Report of the Indian Hemp Drugs Commission, 1894-1895 - Volume V
Year: 1894
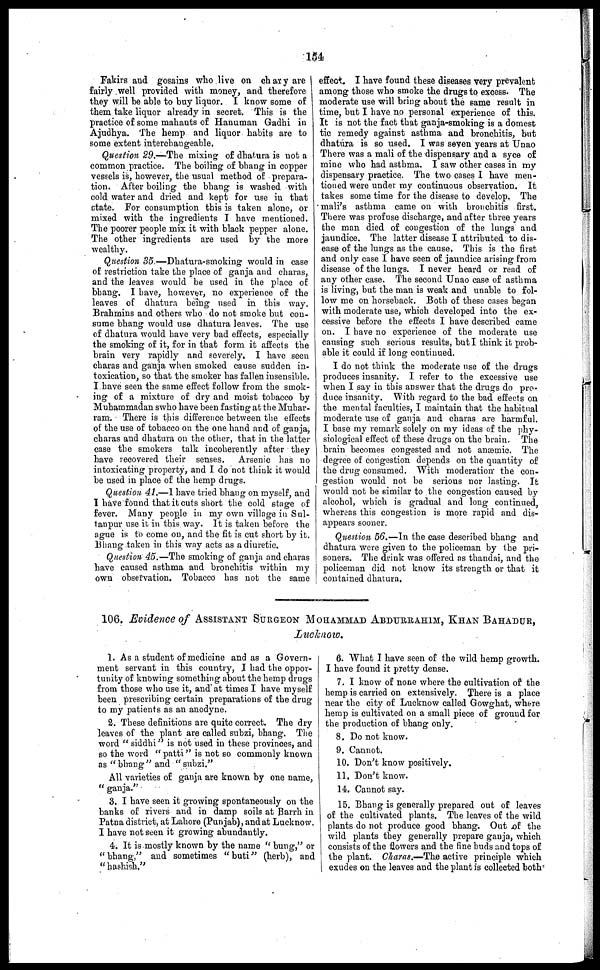
154
Fakirs and gosains who live on chary are
fairly well provided with money, and therefore
they will he able to buy liquor. I know some of
them take liquor already in secret. This is the
practice of some mahants of Hanuman Gadhi in
Ajudhya. The hemp and liquor habits are to
some extent interchangeable.
Question 29.—The mixing of dhatura is not a
common practice. The boiling of bhang in copper
vessels is, however, the usual method of prepara-
tion. After boiling the bhang is washed with
cold water and dried and kept for use in that
state. For consumption this is taken alone, or
mixed with the ingredients I have mentioned.
The poorer people mix it with black pepper alone.
The other ingredients are used by the more
wealthy.
Question 35.—Dhatura-smoking would in case
of restriction take the place of ganja and charas,
and the leaves would be used in the place of
bhang. I have, however, no experience of the
leaves of dhatura being used in this way.
Brahmins and others who do not smoke but con-
sume bhang would use dhatura leaves. The use
of dhatura would have very bad effects, especially
the smoking of it, for in that form it affects the
brain very rapidly and severely. I have seen
charas and ganja when smoked cause sudden in-
toxication, so that the smoker has fallen insensible.
I have seen the same effect follow from the smok-
ing of a mixture of dry and moist tobacco by
Muhammadan swho have been fasting at the Muhar-
ram. There is this difference between the effects
of the use of tobacco on the one hand and of ganja,
charas and dhatura on the other, that in the latter
case the smokers talk incoherently after they
have recovered their senses. Arsenic has no
intoxicating property, and I do not think it would
be used in place of the hemp drugs.
Question 41.—I have tried bhang on myself, and
I have found that it cuts short the cold stage of
fever. Many people in my own village in Sul-
tanpur use it in this way. It is taken before the
ague is to come on, and the fit is cut short by it.
Bhang taken in this way acts as a diuretic.
Question 45.—The smoking of ganja and charas
have caused asthma and bronchitis within my
own observation. Tobacco has not the same
effect. I have found these diseases very prevalent
among those who smoke the drugs to excess. The
moderate use will bring about the same result in
time, but I have no personal experience of this.
It is not the fact that ganja-smoking is a domest
tic remedy against asthma and bronchitis, but
dhatura is so used. I was seven years at Unao
There was a mali of the dispensary and a syce of
mine who had asthma. I saw other cases in my
dispensary practice. The two cases I have men-
tioned were under my continuous observation. It
takes some time for the disease to develop. The
mali's asthma came on with bronchitis first.
There was profuse discharge, and after three years
the man died of congestion of the lungs and
jaundice. The latter disease I attributed to dis-
ease of the lungs as the cause. This is the first
and only case I have seen of jaundice arising from
disease of the lungs. I never heard or read of
any other case. The second Unao case of asthma
is living, but the man is weak and unable to fol-
low me on horseback. Both of these cases began
with moderate use, which developed into the ex-
cessive before the effects I have described came
on. I have no experience of the moderate use
causing such serious results, but I think it prob-
able it could if long continued.
I do not think the moderate use of the drugs
produces insanity. I refer to the excessive use
when I say in this answer that the drugs do pro-
duce insanity. With regard to the bad effects on
the mental faculties, I maintain that the habitual
moderate use of ganja and charas are harmful.
I base my remark solely on my ideas of the phy-
siological effect of these drugs on the brain. The
brain becomes congested and not anæmic. The
degree of congestion depends on the quantity of
the drug consumed. With moderation the con-
gestion would not be serious nor lasting. It
would not be similar to the congestion caused by
alcohol, which is gradual and long continued,
whereas this congestion is more rapid and dis-
appears sooner.
Question 56.—In the case described bhang and
dhatura were given to the policeman by the pri-
soners. The drink was offered as thandai, and the
policeman did not know its strength or that it
contained dhatura.
106. Evidence of ASSISTANT SURGEON MOHAMMAD ABDURRAHIM, KHAN BAHADUR,
Lucknow.
1. As a student of medicine and as a Govern-
ment servant in this country, I had the oppor-
tunity of knowing something about the hemp drugs
from those who use it, and at times I have myself
been prescribing certain preparations of the drug
to. my patients as an anodyne.
2. These definitions are quite correct. The dry
leaves of the plant are called subzi, bhang. The
word "siddhi" is not used in these provinces, and
so the word "patti" is not so commonly known
as "blrang" and "subzi."
All varieties of ganja are known by one name,
"ganja."
3. I have seen it growing spontaneously on the
banks of rivers and in damp soils at Barrh in
Patna district, at Lahore (Punjab), and at Lucknow.
I have not seen it growing abundantly.
4. It is mostly known by the name "bung," or
"bhang," and sometimes "buti" (herb), and
"hashish."
6. What I have seen of the wild hemp growth.
I have found it pretty dense.
7. I know of none where the cultivation of the
hemp is carried on extensively. There is a place
near the city of Lucknow called Gowghat, where
hemp is cultivated on a small piece of ground for
the production of bhang only.
8. Do not know.
9. Cannot.
10. Don't know positively.
11. Don't know.
14. Cannot say.
15. Bhang is generally prepared out of leaves
of the cultivated plants. The leaves of the wild
plants do not produce good bhang. Out of the
wild plants they generally prepare ganja, which
consists of the flowers and the fine buds and tops of
the plant. Charas.— The active principle which
exudes on the leaves and the plant is collected both